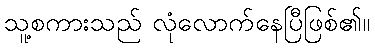
သူ့စကားသည် လုံလောက်နေပြီဖြစ်၏။